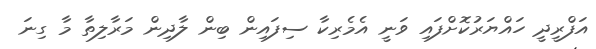
އަފްރީދީ ހައްޔަރުކޮށްފައި ވަނީ އެމެރިކާ ސިފައިން ބިން ލާދިން މަރާލިތާ މާ ގިނަ